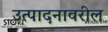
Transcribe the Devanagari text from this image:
उत्पादनावरील